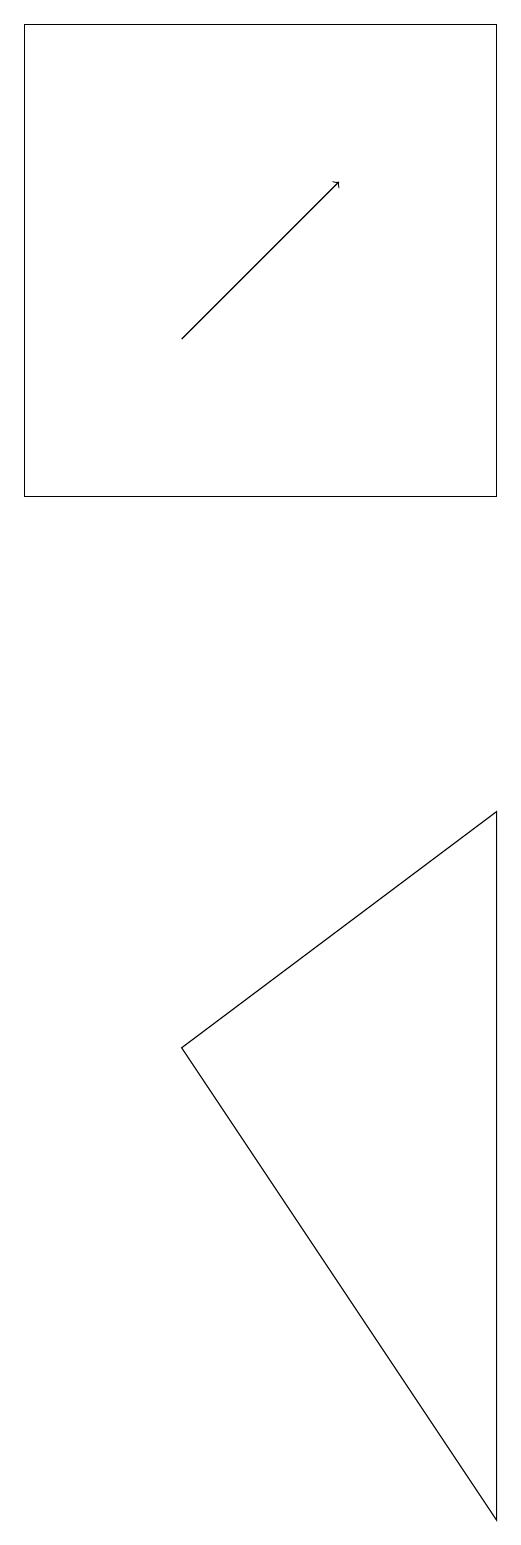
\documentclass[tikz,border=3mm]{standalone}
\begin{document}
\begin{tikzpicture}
\draw (6,0) -- (2,6) -- (6,9) -- cycle;
\draw[->] (2,15) -- (4,17);
\draw (6,19) rectangle (0,13);
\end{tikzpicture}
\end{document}